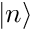
| n \rangle